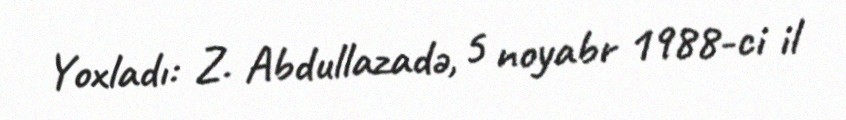
Yoxladı: Z. Abdullazadə, 5 noyabr 1988-ci il